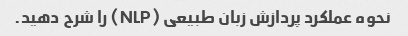
نحوه عملکرد پردازش زبان طبیعی (NLP) را شرح دهید.